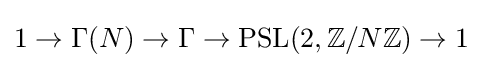
1\to \Gamma (N)\to \Gamma \to \operatorname {PSL} (2,\mathbb {Z} /N\mathbb {Z} )\to 1